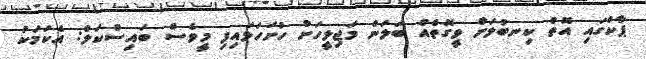
ޕާކްގައި އޮތް ކިނބުލަށް ވީގޮތެއް ބަލަން މަޖިލީހަށް ހުށަހަޅައިފި މީވެސް ބައިސްކަލް: އެކަމަކު